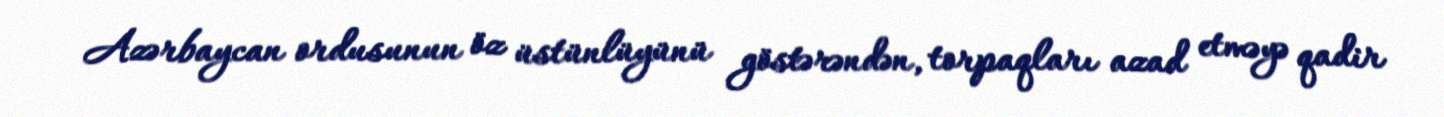
Azərbaycan ordusunun öz üstünlüyünü göstərəndən, torpaqları azad etməyə qadir